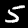
Label: 5